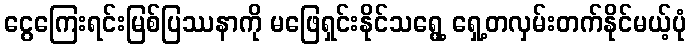
ငွေကြေးရင်းမြစ်ပြဿနာကို မဖြေရှင်းနိုင်သရွေ့ ရှေ့တလှမ်းတက်နိုင်မယ့်ပုံ